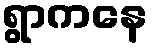
ရွာကနေ